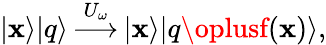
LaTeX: |\mathbf{x}\rangle|q\rangle\, {\overset{U_{\omega}}{\longrightarrow}}\, |\mathbf{x}\rangle|q\oplusf(\mathbf{x})\rangle,